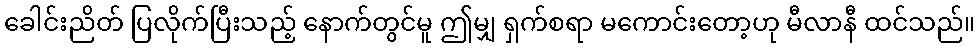
ခေါင်းညိတ် ပြလိုက်ပြီးသည့် နောက်တွင်မူ ဤမျှ ရှက်စရာ မကောင်းတော့ဟု မီလာနီ ထင်သည်။